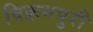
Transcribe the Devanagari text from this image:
विक्रमपुरी